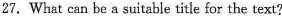
27. What can be a suitable title for the text?